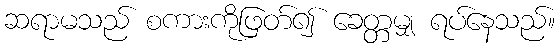
ဆရာမသည် စကားကိုဖြတ်၍ ခေတ္တမျှ ရပ်နေသည်။